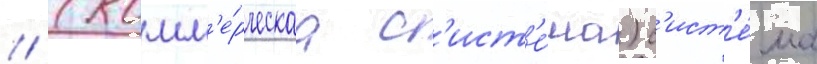
// (комм'е́рческаа с'ист'е́ма) с'ист'е́ма